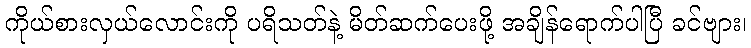
ကိုယ်စားလှယ်လောင်းကို ပရိသတ်နဲ့ မိတ်ဆက်ပေးဖို့ အချိန်ရောက်ပါပြီ ခင်ဗျား၊